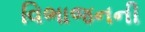
વિભાજનની